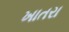
ખાતરા